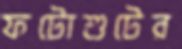
ফটোশুটের